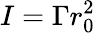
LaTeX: I=\Gamma r_{0}^{2}